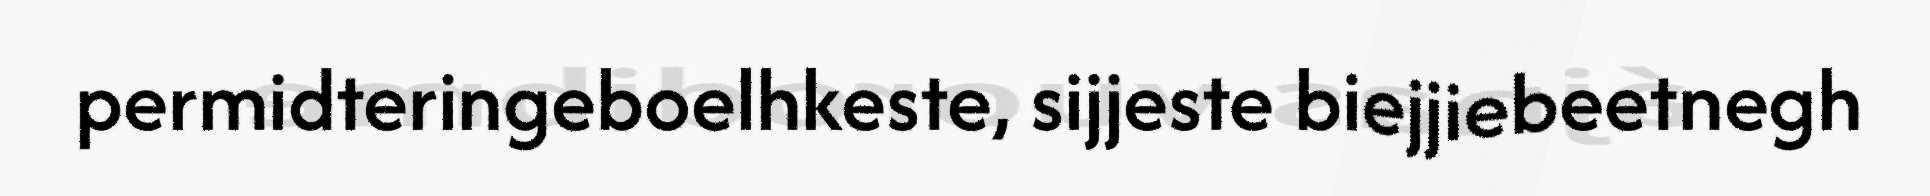
permidteringeboelhkeste, sijjeste biejjiebeetnegh